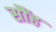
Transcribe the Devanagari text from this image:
सौंह